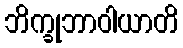
ဘိက္ခုဘာဝါယာတိ